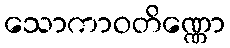
သောကာဝတိဏ္ဏော